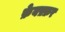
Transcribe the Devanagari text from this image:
फ़ेयफ़्फ़र